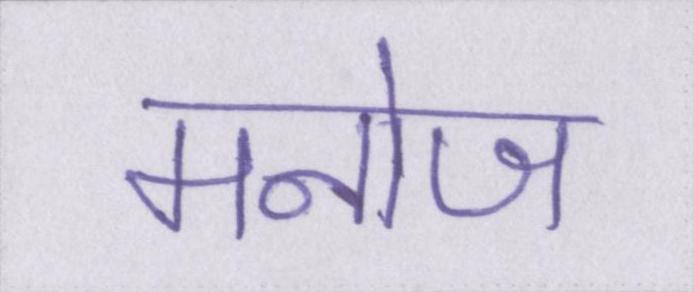
मनोज